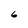
Character: 6